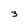
Character: 3